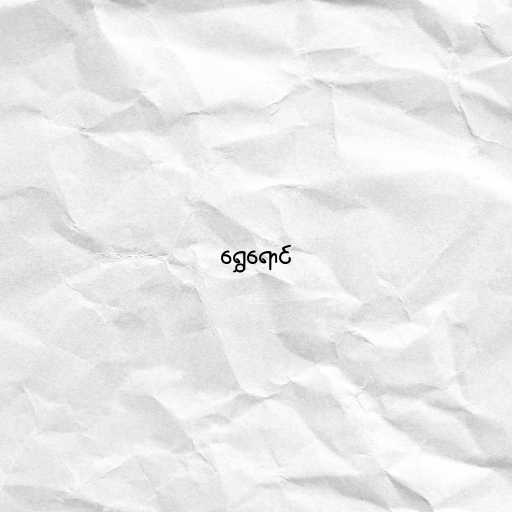
ရွှေရောင်